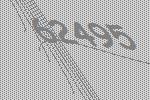
62495